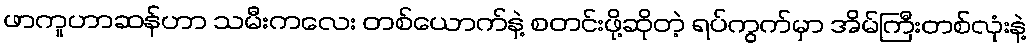
ဖာကူဟာဆန်ဟာ သမီးကလေး တစ်ယောက်နဲ့ စတင်းဖို့ဆိုတဲ့ ရပ်ကွက်မှာ အိမ်ကြီးတစ်လုံးနဲ့